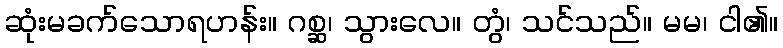
ဆုံးမခက်သောရဟန်း။ ဂစ္ဆ၊ သွားလေ။ တွံ၊ သင်သည်။ မမ၊ ငါ၏။